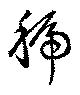
號